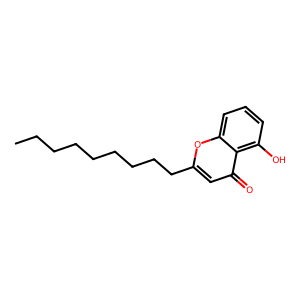
SMILES: CCCCCCCCCc1cc(=O)c2c(O)cccc2o1
Inhibits HIV replication: No